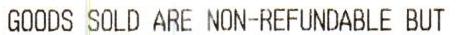
GOODS SOLD ARE NON-REFUNDABLE BUT